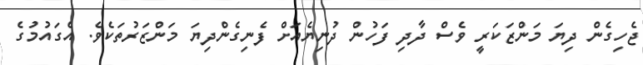
ޖެހިގެން ދިޔަ މަންޒަކަރީ ވެސް ދާދި ފަހުން ދުނިޔެއަށް ފެނިގެންދިޔަ މަންޒަރުތަކެވެ. އެގައުމުގެ